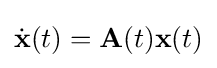
{\dot {\mathbf {x} }}(t)=\mathbf {A} (t)\mathbf {x} (t)